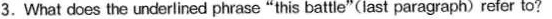
3. What does the underlined phrase"this battle"(last paragraph)refer to?